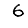
Digit: 6